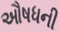
ઔષધની